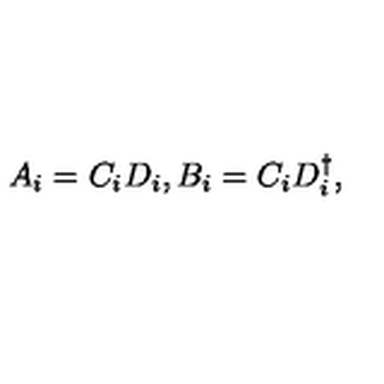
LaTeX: A _ { i } = C _ { i } D _ { i } , B _ { i } = C _ { i } D _ { i } ^ { \dagger } ,